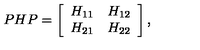
P H P = \left[ \begin{array} { r r } { H _ { 1 1 } } & { H _ { 1 2 } } \\ { H _ { 2 1 } } & { H _ { 2 2 } } \\ \end{array} \right] ,